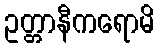
ဥတ္တာနီကရောမိ